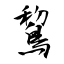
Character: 鵹